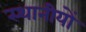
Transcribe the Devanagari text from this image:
स्थानीयों